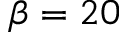
\beta = 2 0